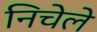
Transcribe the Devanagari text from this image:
निचेले